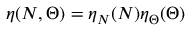
\eta ( N , \Theta ) = \eta _ { N } ( N ) \eta _ { \Theta } ( \Theta )